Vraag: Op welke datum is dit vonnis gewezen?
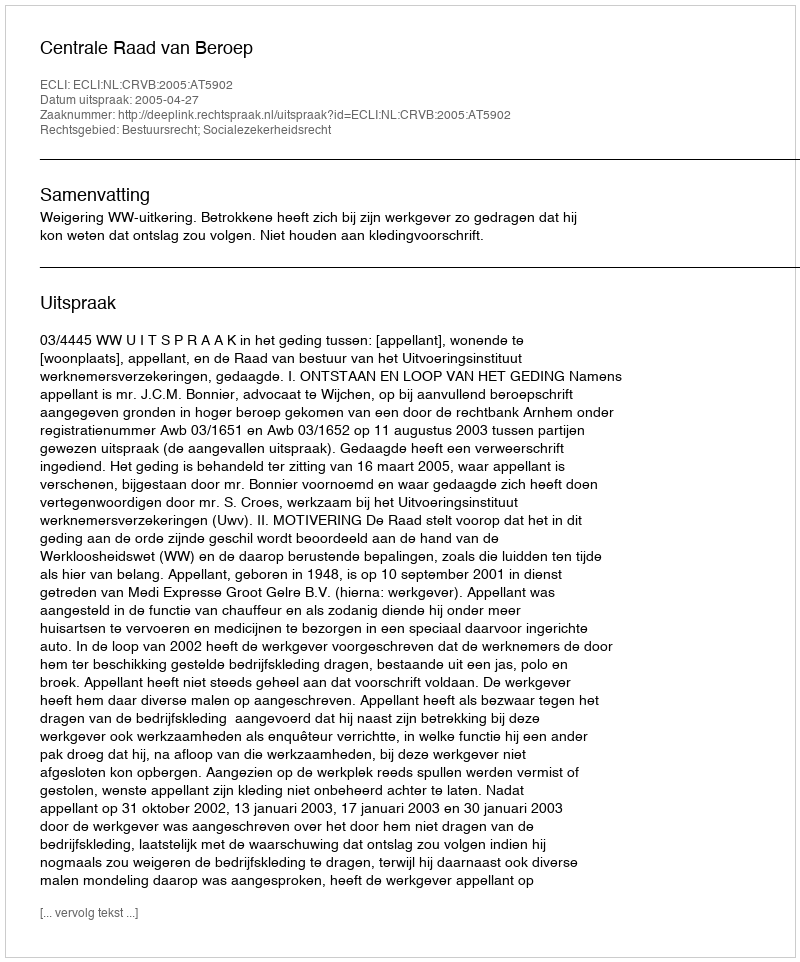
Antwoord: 2005-04-27